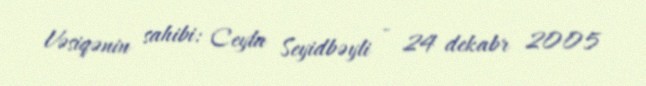
Vəsiqənin sahibi: Ceyla Seyidbəyli - 24 dekabr 2005